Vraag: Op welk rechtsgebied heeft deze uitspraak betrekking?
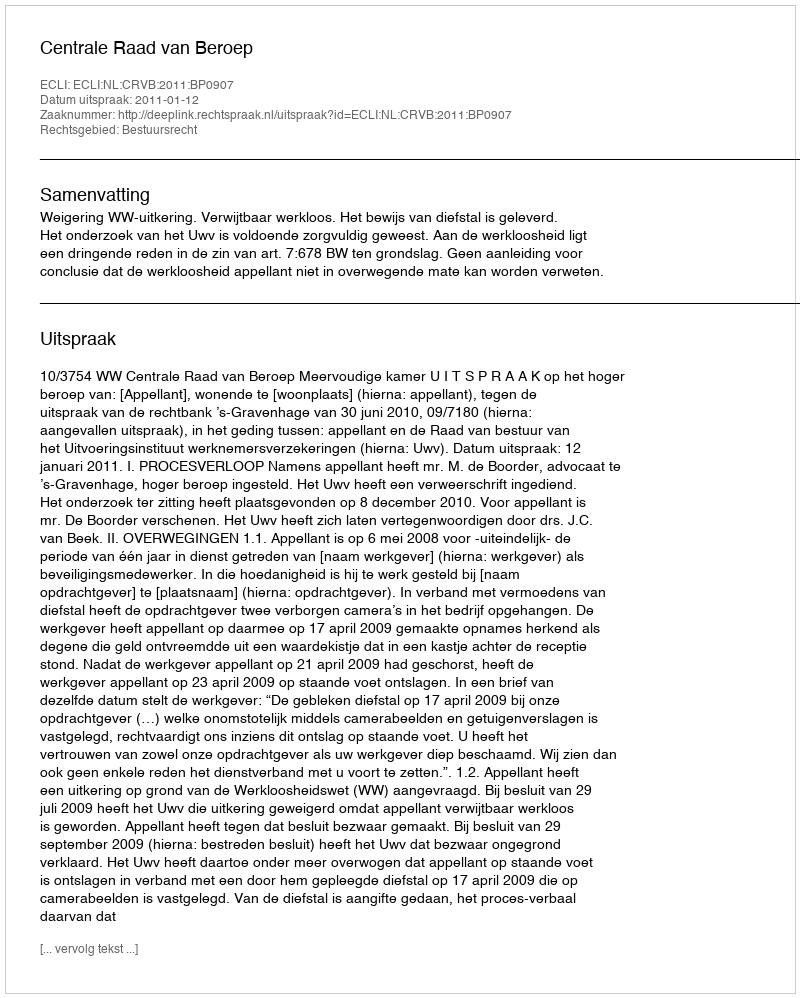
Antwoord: Bestuursrecht